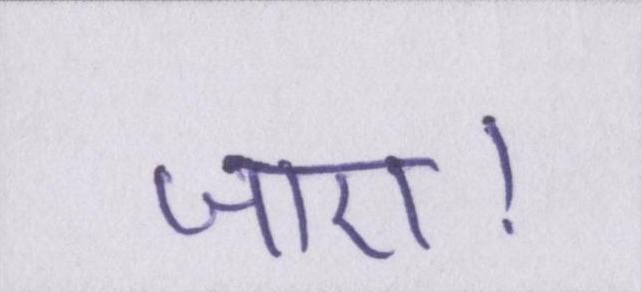
जाए।